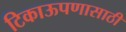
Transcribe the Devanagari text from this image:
टिकाऊपणासाठी